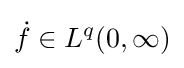
{\dot {f}}\in L^{q}(0,\infty )